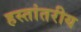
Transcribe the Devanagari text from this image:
हस्‍तांतरीय